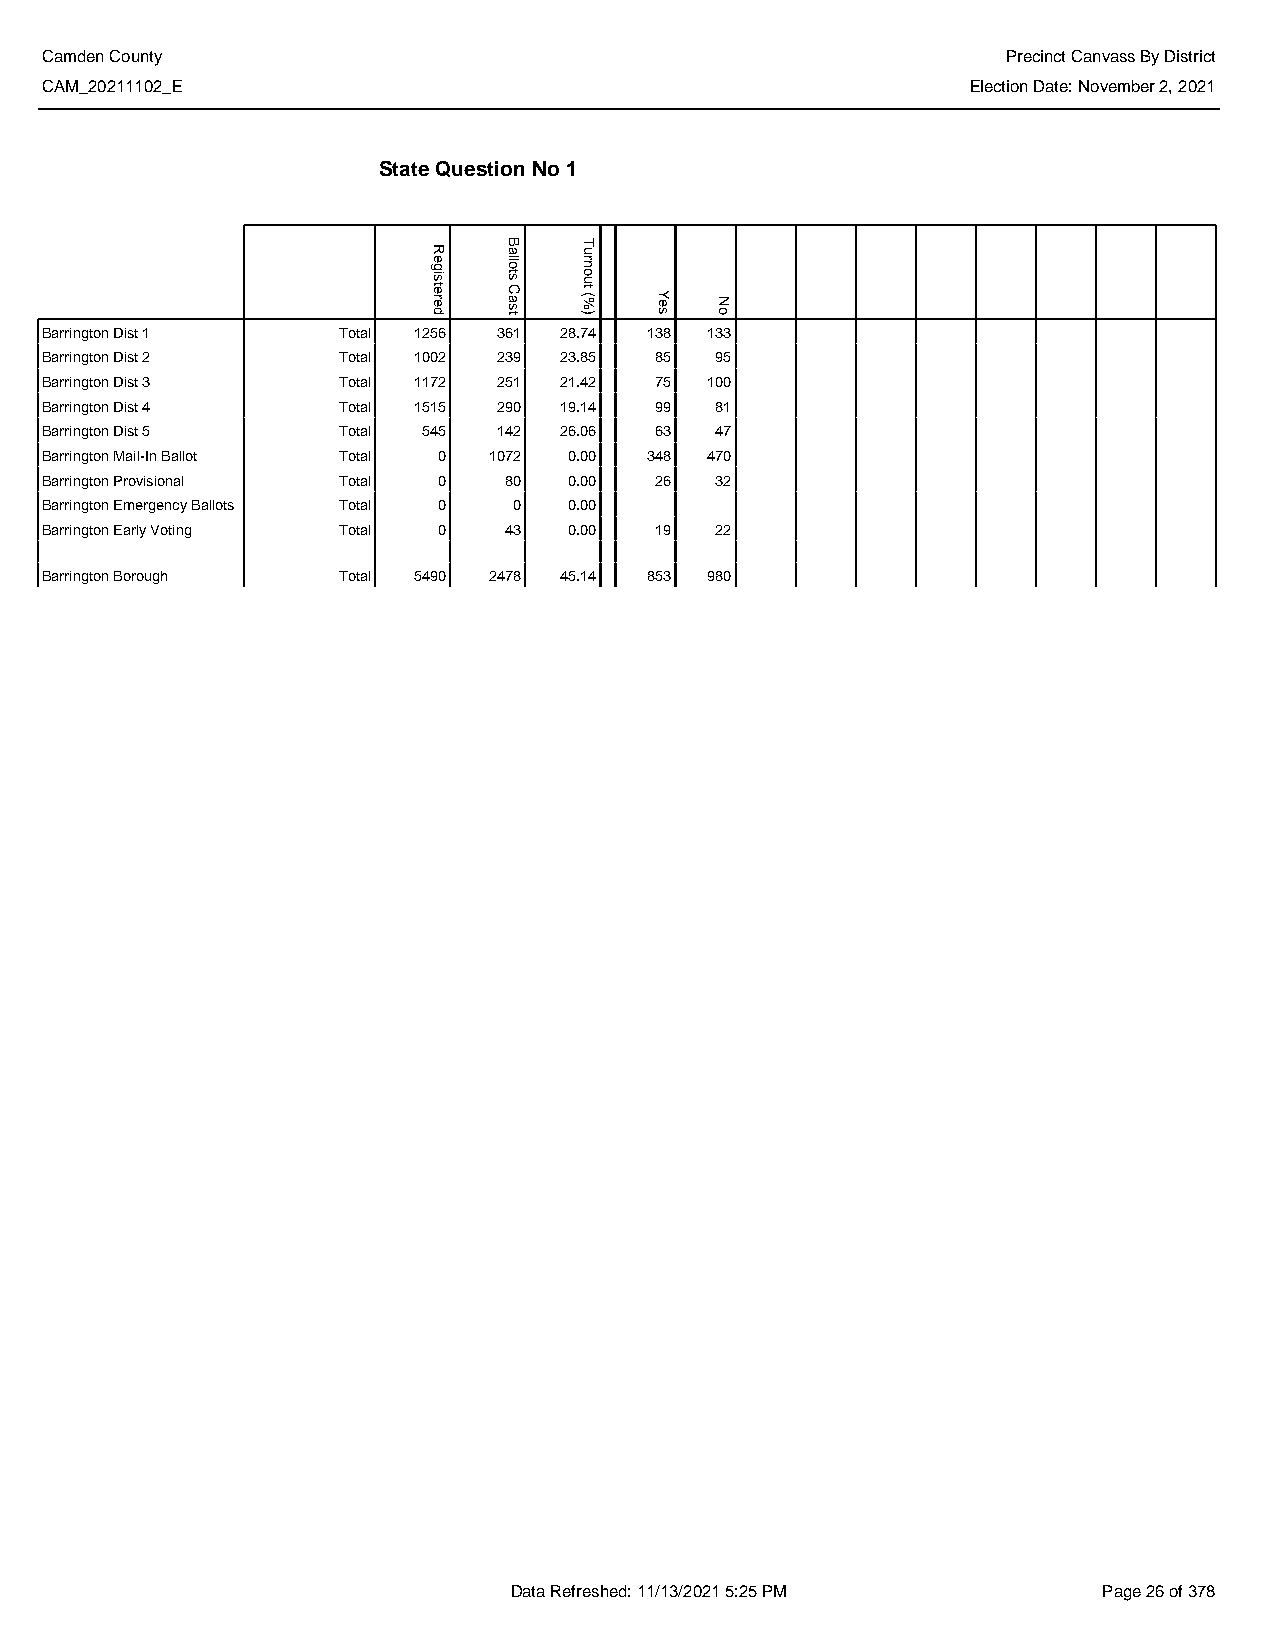
Camden County                                                   Precinct Canvass By District
 CAM_20211102_E                                               Election Date: November 2, 2021
 State Question No 1
 Barrington Dist 1  Total 1256 361 28.74 138 133
 Barrington Dist 2  Total 1002 239 23.85 85  95
 Barrington Dist 3  Total 1172 251 21.42 75  100
 Barrington Dist 4  Total 1515 290 19.14 99  81
 Barrington Dist 5  Total 545  142 26.06 63  47
 Barrington Mail-In Ballot Total 0 1072 0.00 348 470
 Barrington Provisional Total 0 80  0.00 26  32
 Barrington Emergency Ballots Total 0 0 0.00
 Barrington Early Voting Total 0 43 0.00 19  22
 Barrington Borough Total 5490 2478 45.14 853 980
 Data Refreshed: 11/13/2021 5:25 PM     Page 26 of 378
 Registered
 Ballots
 Cast
 Turnout
 (%)  Yes No